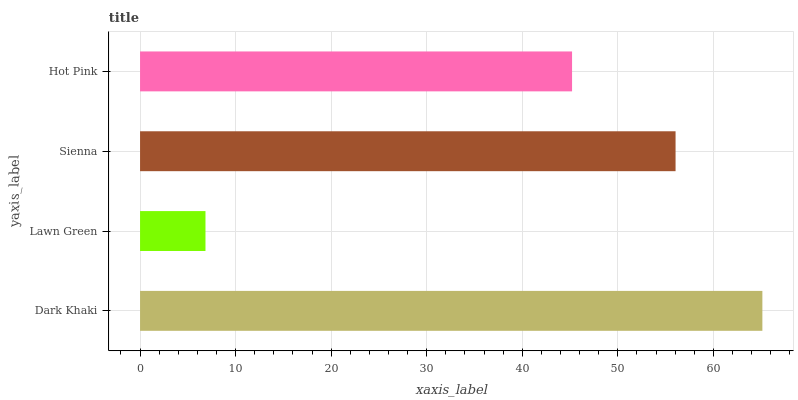
| yaxis_label | bars |
 | --- | --- |
 | Dark Khaki | 65.1 |
 | Lawn Green | 6.85 |
 | Sienna | 56 |
 | Hot Pink | 45.2 |